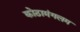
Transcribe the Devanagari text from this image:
कोठामंगलम